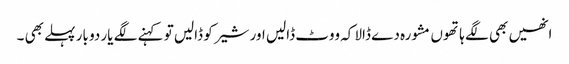
انھیں بھی لگے ہاتھوں مشورہ دے ڈالا کہ ووٹ ڈالیں اور شیر کو ڈالیں تو کہنے لگے یار دو بار پہلے بھی ۔